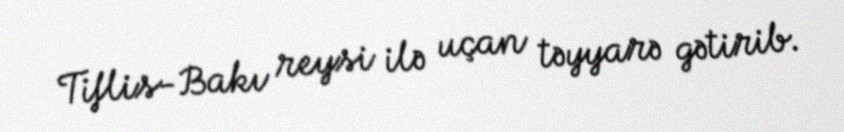
Tiflis-Bakı reysi ilə uçan təyyarə gətirib.